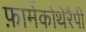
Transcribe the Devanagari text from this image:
फ़ार्मेकोथेरैपी